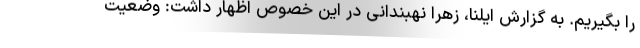
را بگیریم. به گزارش ایلنا، زهرا نهبندانی در این خصوص اظهار داشت: وضعیت